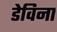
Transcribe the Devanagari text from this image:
डेविना